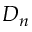
D _ { n }